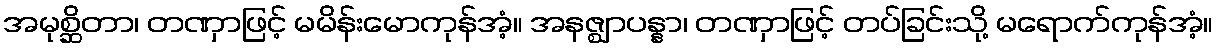
အမုစ္ဆိတာ၊ တဏှာဖြင့် မမိန်းမောကုန်အံ့။ အနဇ္ဈာပန္နာ၊ တဏှာဖြင့် တပ်ခြင်းသို့ မရောက်ကုန်အံ့။